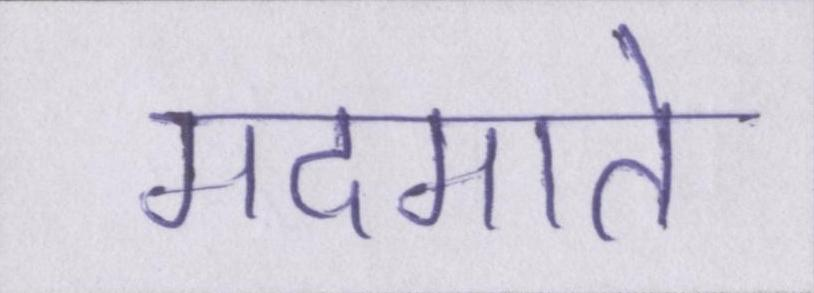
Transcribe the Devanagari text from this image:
मदमाते